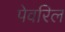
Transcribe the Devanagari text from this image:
पेवरिल